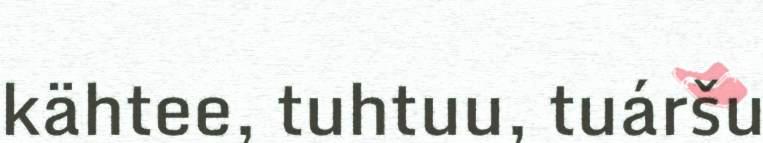
kähtee, tuhtuu, tuáršu